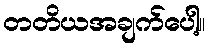
တတိယအချက်ပေါ့။